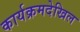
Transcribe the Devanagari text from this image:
कार्यक्रमदेखिल